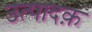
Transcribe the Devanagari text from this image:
उत्पादक़